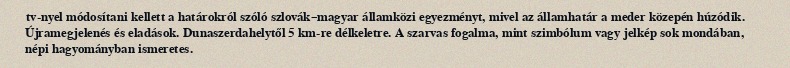
tv-nyel módosítani kellett a határokról szóló szlovák–magyar államközi egyezményt, mivel az államhatár a meder közepén húzódik. Újramegjelenés és eladások. Dunaszerdahelytől 5 km-re délkeletre. A szarvas fogalma, mint szimbólum vagy jelkép sok mondában, népi hagyományban ismeretes.